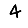
Digit: 4